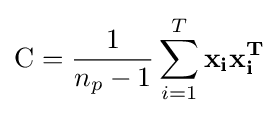
\mathrm {C} ={\frac {1}{n_{p}-1}}\sum _{i=1}^{T}\mathbf {x_{i}} \mathbf {x_{i}^{T}}